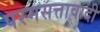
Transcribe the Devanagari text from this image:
परमसत्तावादी